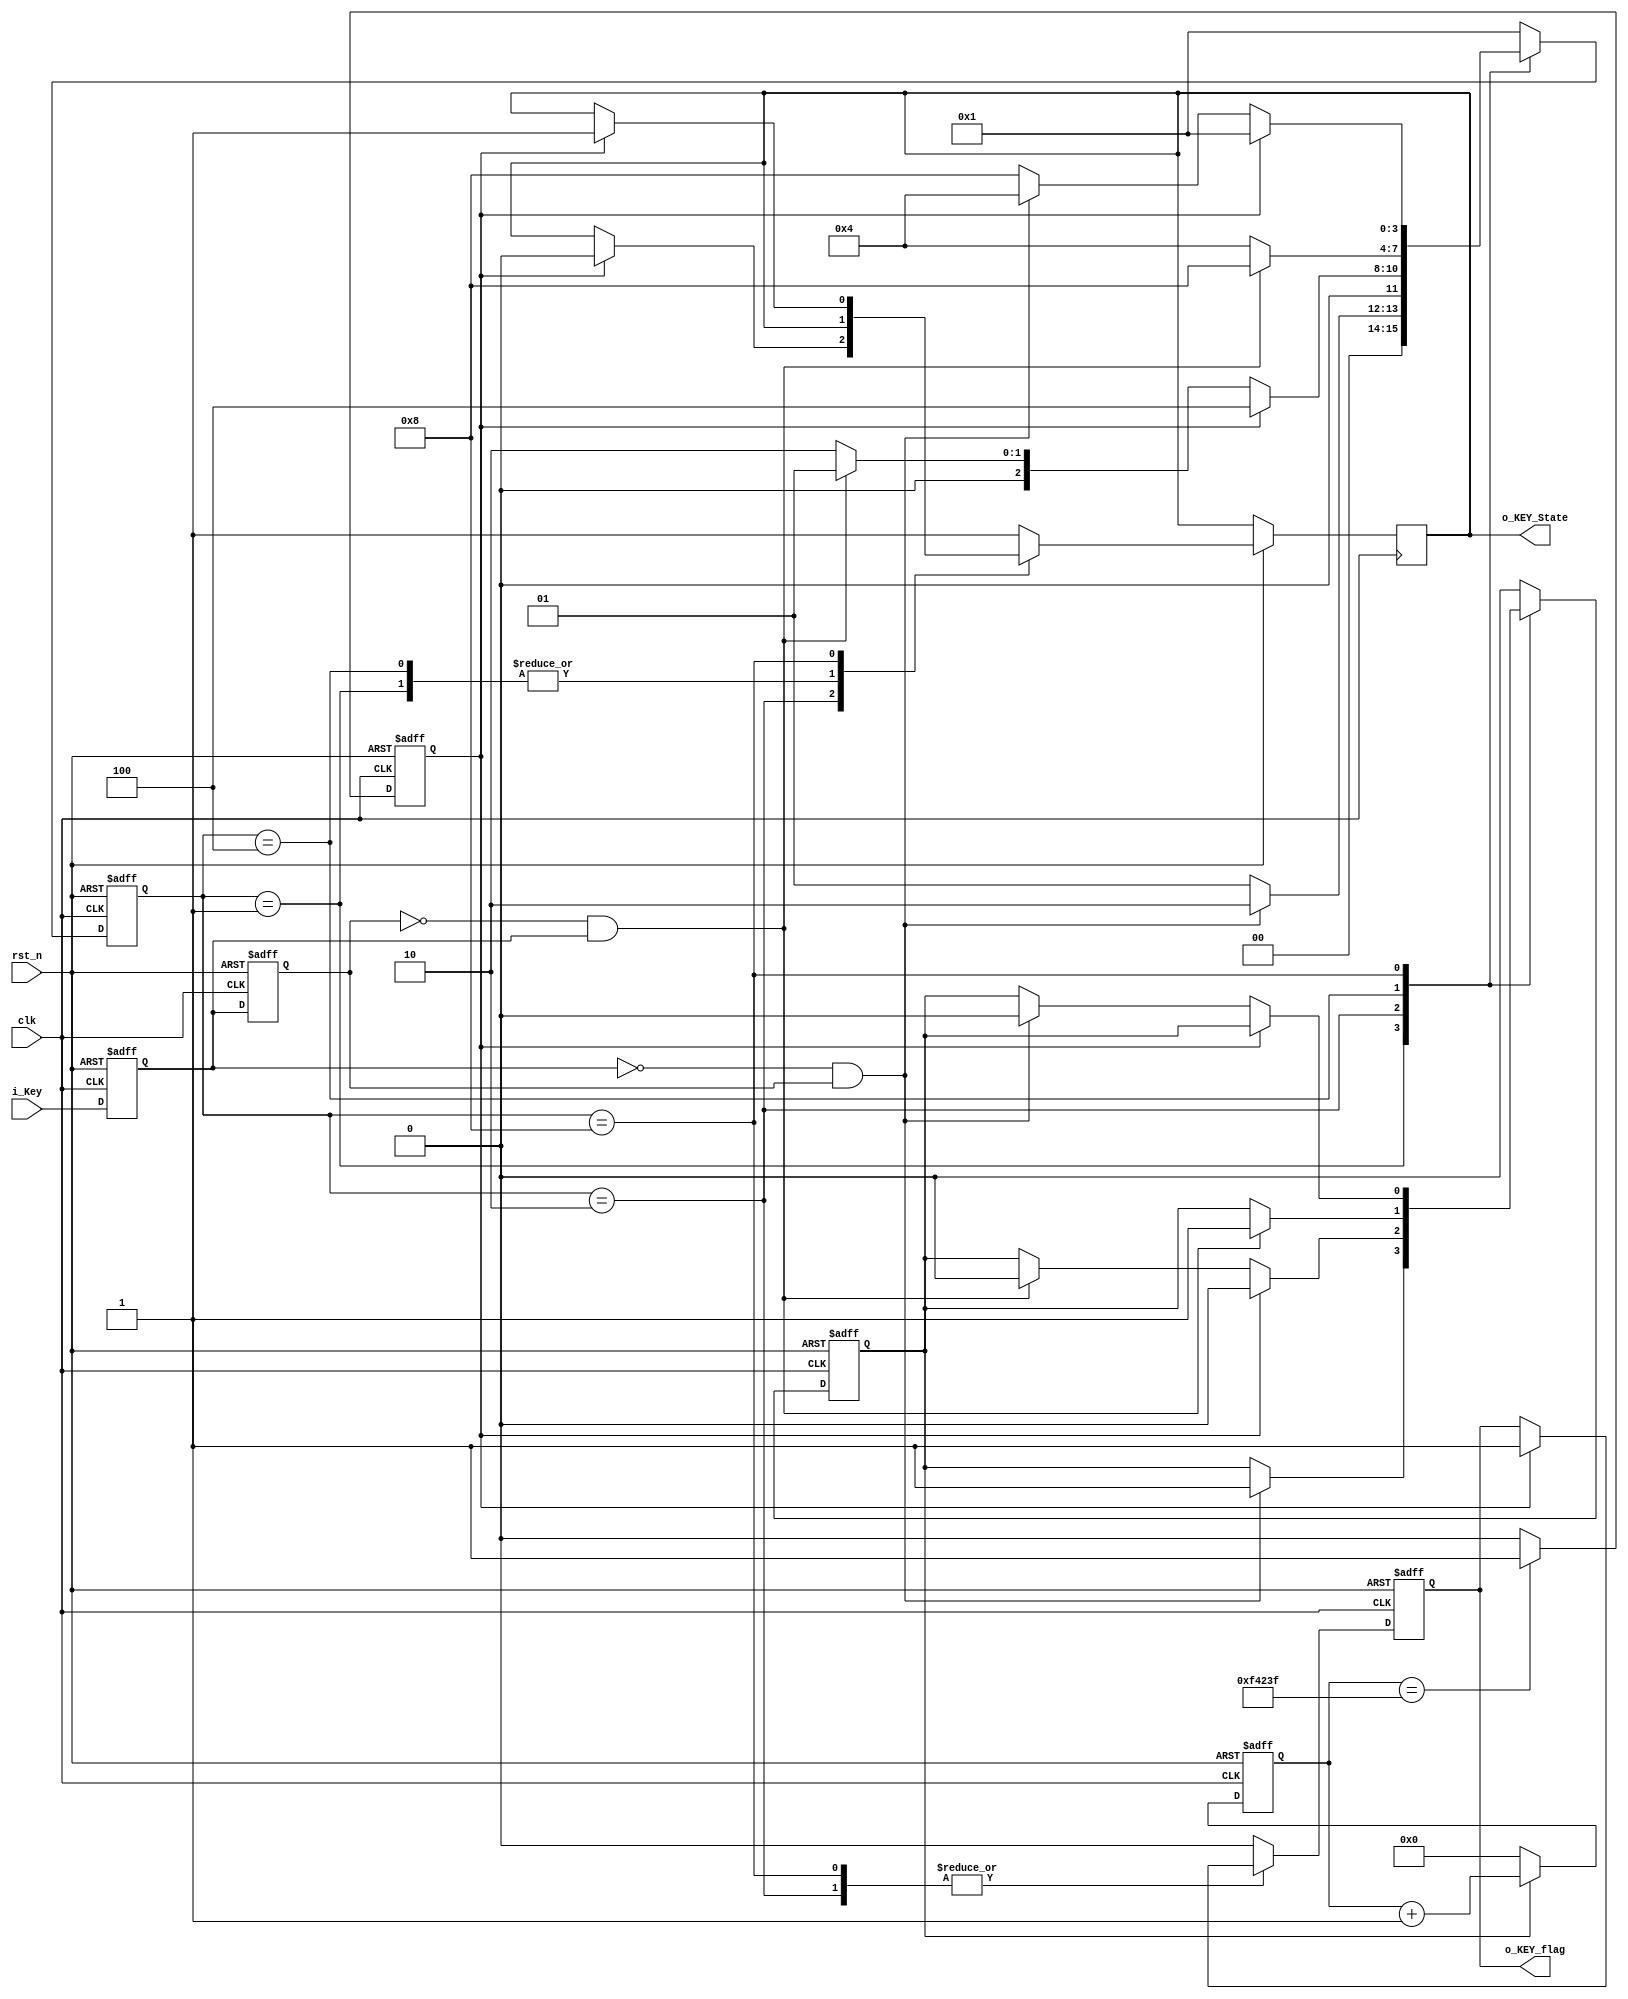
`timescale 1ns / 1ps
//////////////////////////////////////////////////////////////////////////////////
// Design Name:     
// Module Name:     key_filter  
// Target Devices:  XC7K325TFFG900
// Tool versions:   xilinx_vivado 2020.2 
// Description: 
// key_flagkey_state
// 
// Revision 0.01 - File Created
// Additional Comments: 
//////////////////////////////////////////////////////////////////////////////////
module key_filter(
    input clk,
    input rst_n,
    input i_Key,

    output reg o_KEY_State, 
    output reg o_KEY_flag
    );

    localparam 
        IDEL        = 4'b0001,    
        key_nedge   = 4'b0010,
        DOWN        = 4'b0100,
        key_pedge   = 4'b1000;

    reg [3:0] state;
    reg key_tmp0,key_tmp1;

    reg [19:0] cnt;
    reg en_cnt;
    reg cnt_full;

    wire pedge,nedge;

    always @(posedge clk or negedge rst_n) begin
        if(!rst_n)begin
            key_tmp0 <= 1'b0;
            key_tmp1 <= 1'b0;
        end
        else begin
            key_tmp0 <= i_Key;
            key_tmp1 <= key_tmp0;
        end               
    end

    assign nedge = !key_tmp0 & key_tmp1;
    assign pedge = !key_tmp1 & key_tmp0;

    always @(posedge clk or negedge rst_n) begin
        if(!rst_n)
            cnt <= 20'd0;
        else if(en_cnt)
            cnt <= cnt +1'd1;
        else
            cnt <= 20'd0;       
    end

    always @(posedge clk or negedge rst_n) begin
        if(!rst_n)
            cnt_full <= 1'b0;
        else if(cnt == 20'd999_999)
            cnt_full <= 1'b1;
        else
            cnt_full <= 1'b0;       
    end

    always @(posedge clk or negedge rst_n) begin
        if(!rst_n)begin
            state <= IDEL;
            o_KEY_flag <= 1'b0;
            en_cnt <= 1'b0;
        end
        else begin
            case (state)
                IDEL : 
                    begin
                        o_KEY_flag <= 1'b0;
                        if(nedge)begin
                            state <= key_nedge;
                            en_cnt <= 1'b1;
                        end                            
                        else
                            state <= IDEL;            
                    end

                key_nedge:
                    begin
                        if (cnt_full) begin
                            o_KEY_flag <= 1'b1;
                            o_KEY_State <= 1'b0;
                            state <= DOWN;
                            en_cnt <=1'b0;
                        end       
                        else if (pedge)begin
                            state <= IDEL;
                            en_cnt <= 1'b0; 
                        end
                        else
                            state <= key_nedge;       
                    end

                DOWN:
                    begin
                        o_KEY_flag <= 1'b0;
                        if(pedge)begin
                            state <= key_pedge;
                            en_cnt <= 1'b1;
                        end
                        else
                            state <= DOWN;

                    end

                key_pedge:
                    begin
                        if(cnt_full)begin
                            state <= IDEL;
                            o_KEY_flag <= 1'b1;
                            o_KEY_State <= 1'b1;
                        end
                        else if(nedge)begin
                            en_cnt <= 1'b0;
                            state <= DOWN;
                        end
                        else
                            state <= key_pedge;       
                    end

                default:
                    begin
                        state <= IDEL;
                        en_cnt <= 1'b0;
                        o_KEY_flag <= 1'b0;
                        o_KEY_State <= 1'b1;
                    end     
            endcase
        end     
    end
endmodule